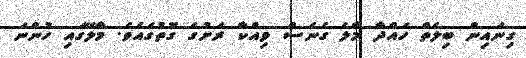
ގިނައިން ބިލެތް ހައްދާ މާލެ ގެނެސް ވިއްކާ ރަށުގެ ގޮތުގައެވެ. މާލޭގައި ހުންނަ